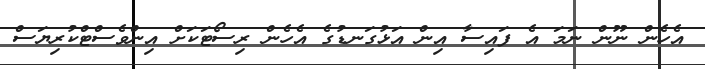
އެހެން ނޫން ނަމަ އެ ފައިސާ އިން އަޅުގަނޑުގެ އެހެން ރިސޯޓަކަށް އިންވެސްޓްކުރިޔަސް